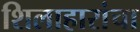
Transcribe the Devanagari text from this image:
शिलाहारांचा